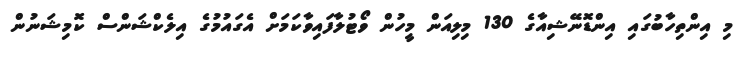
މި އިންތިހާބުގައި އިންޑޮނޭޝިއާގެ 130 މިލިއަން މީހުން ވޯޓުލާފައިވާކަމަށް އެގައުމުގެ އިލެކްޝަންސް ކޮމިޝަނުން